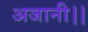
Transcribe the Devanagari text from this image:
अजानी।।